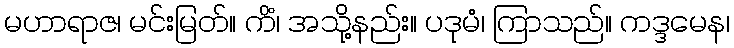
မဟာရာဇ၊ မင်းမြတ်။ ကိံ၊ အသို့နည်း။ ပဒုမံ၊ ကြာသည်။ ကဒ္ဒမေန၊